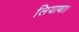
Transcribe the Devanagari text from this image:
लियाथा।